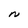
Character: N